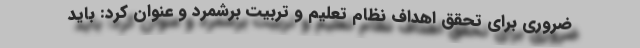
ضروری برای تحقق اهداف نظام تعلیم و تربیت برشمرد و عنوان کرد: باید